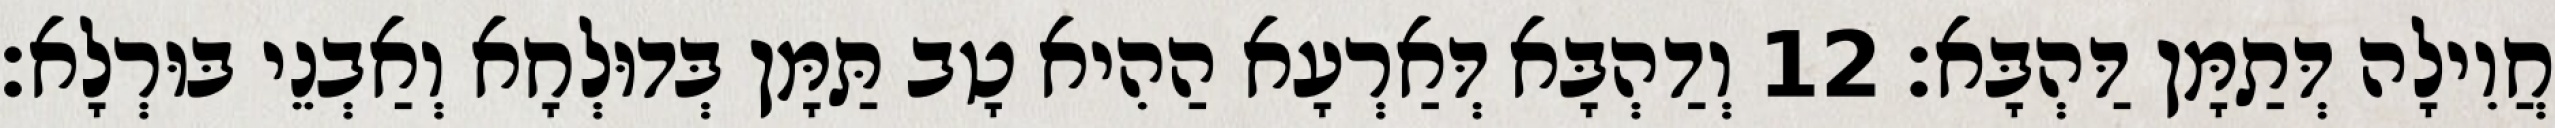
חֲוִילָה דְּתַמָּן דַּהְבָּא׃ 12 וְדַהְבָּא דְּאַרְעָא הַהִיא טָב תַּמָּן בְּדוּלְחָא וְאַבְנֵי בּוּרְלָא׃